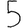
Digit: 5